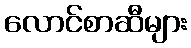
လောင်စာဆီများ